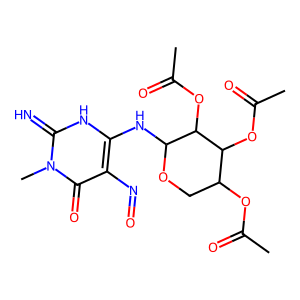
SMILES: CC(=O)OC1COC(Nc2[nH]c(=N)n(C)c(=O)c2N=O)C(OC(C)=O)C1OC(C)=O
Inhibits HIV replication: No